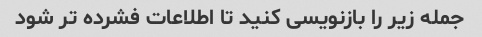
جمله زیر را بازنویسی کنید تا اطلاعات فشرده تر شود